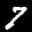
Label: 7